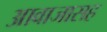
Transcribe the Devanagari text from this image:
आवाजासह